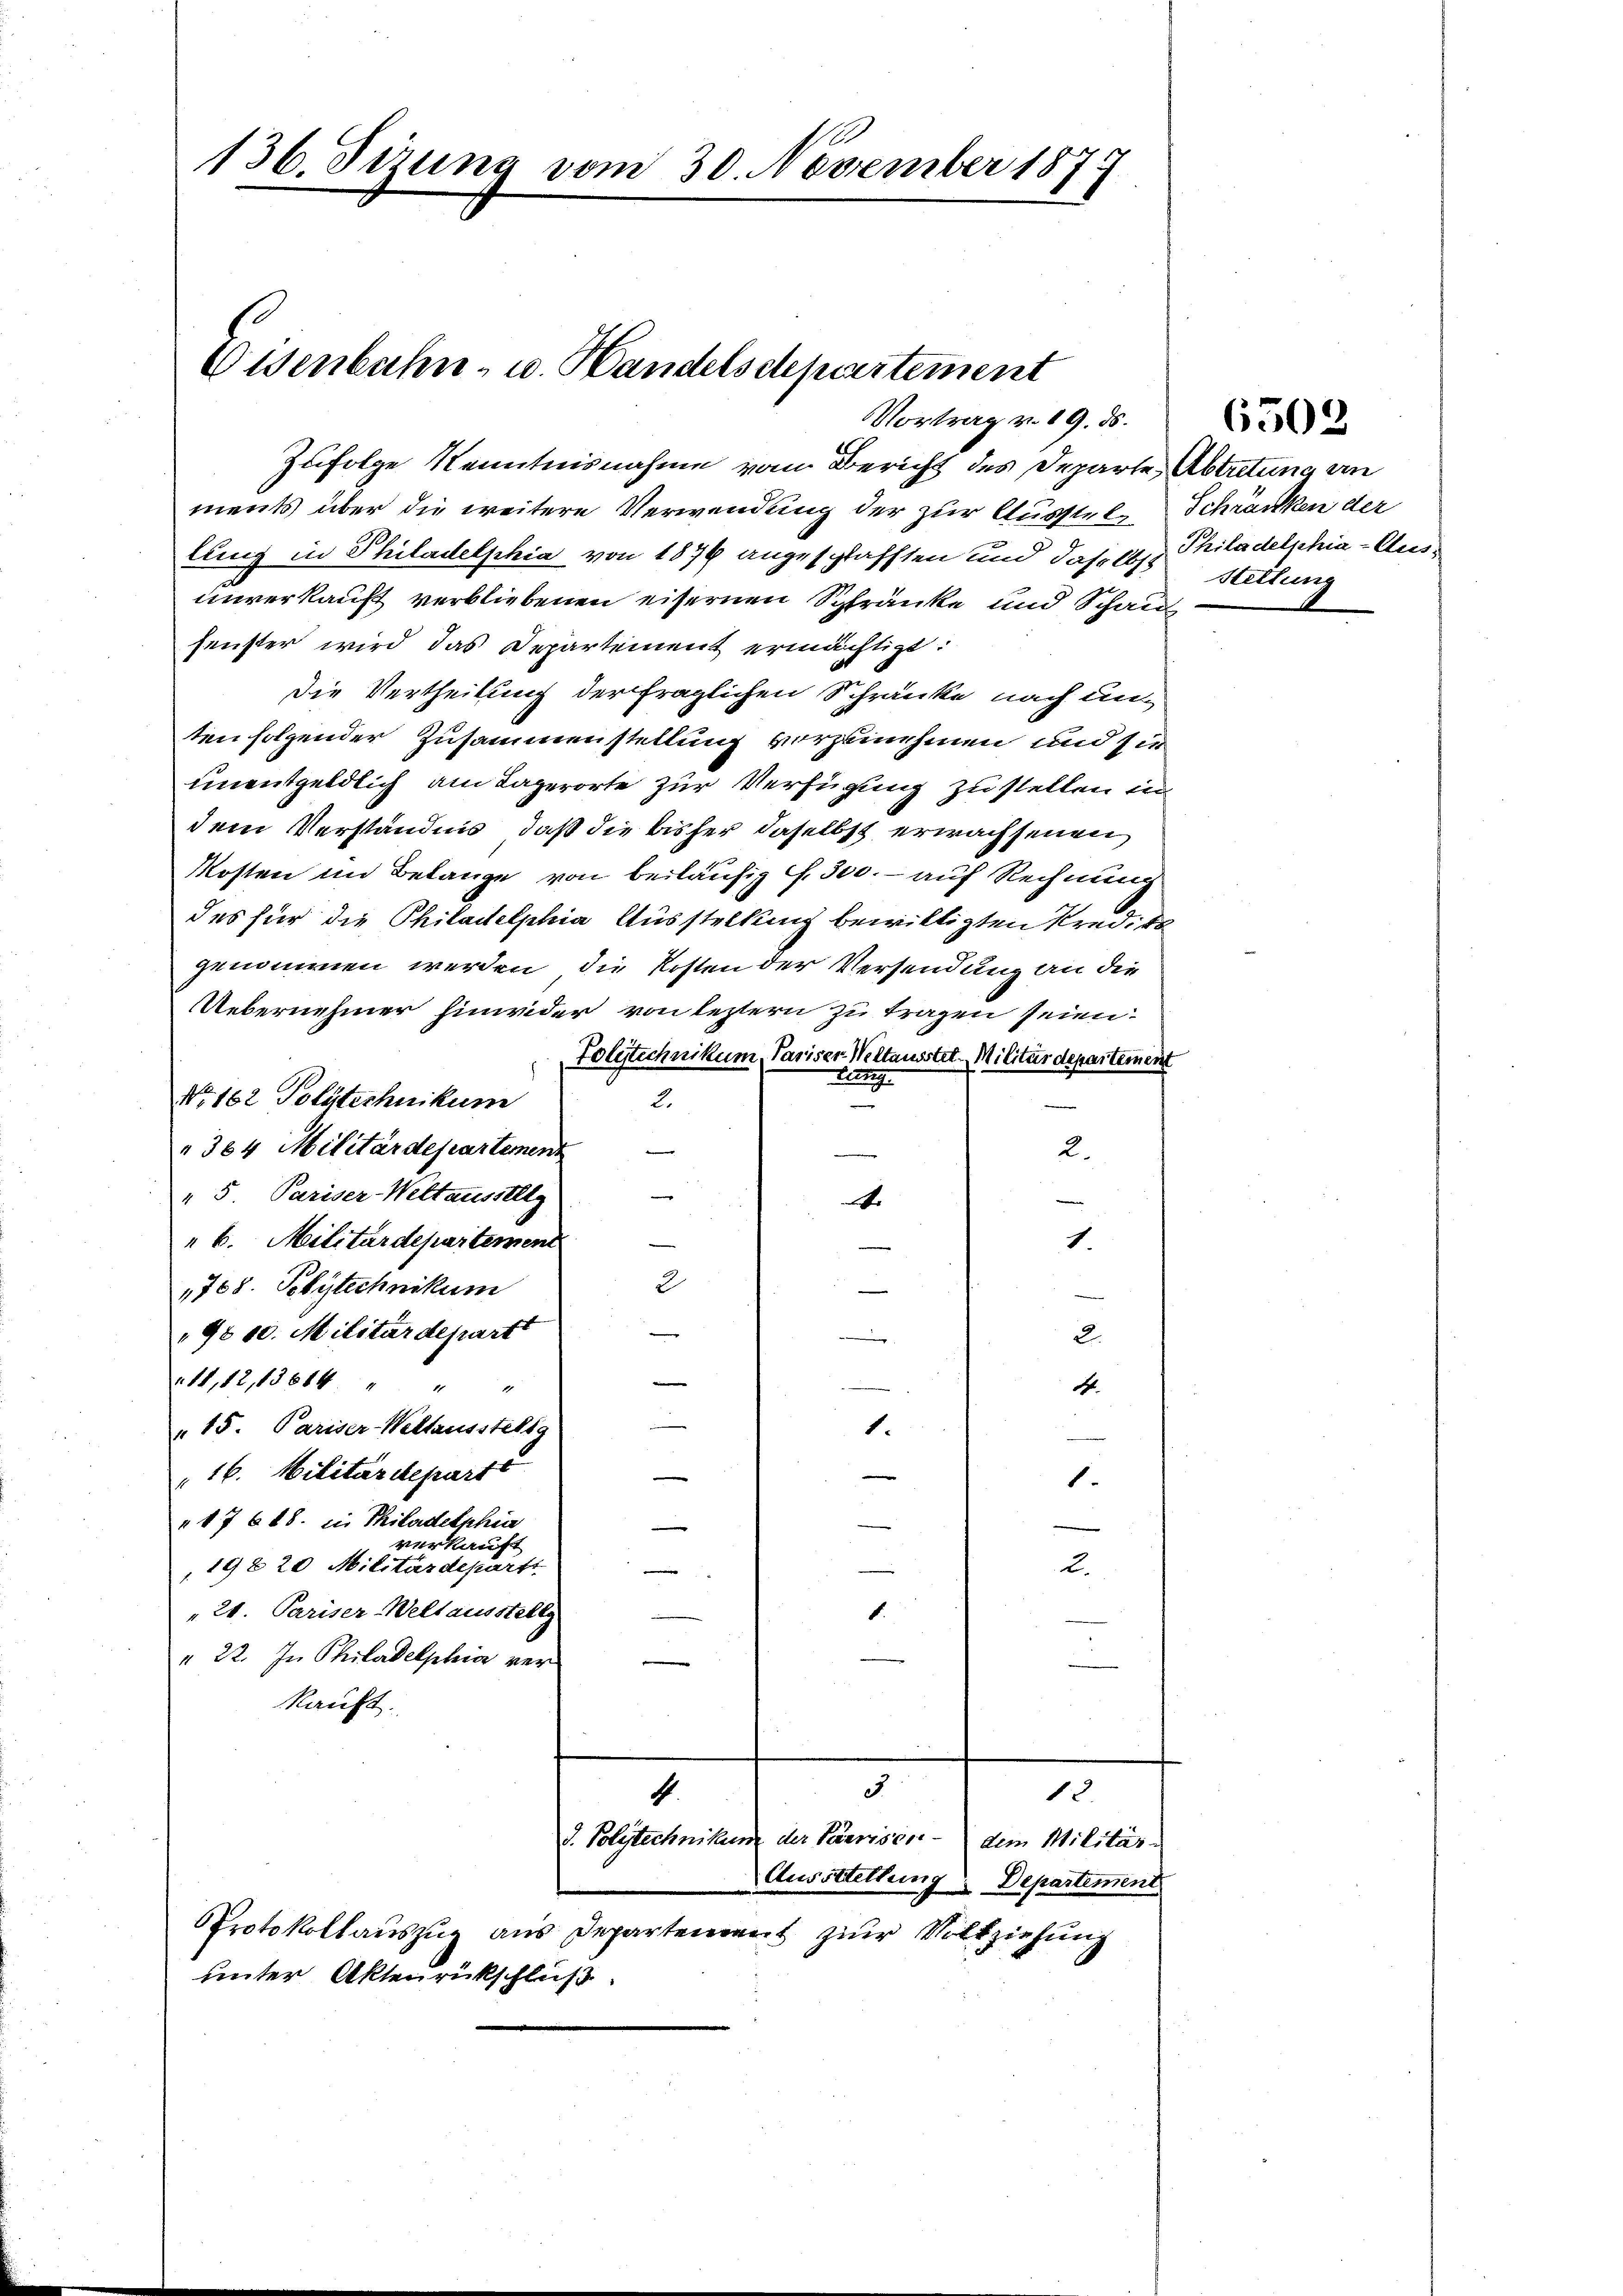
136. Sizung vom 30. November 1877

Osenbahn- u. Handelsdepartement
Vortrag v. 19. ds.

Zufolge Kenntnisnahme vom Bericht des Departe Abtretung an
ments über die weitere Verwendung der zur Ausstel-Schränken der
lung in Philadelphia von 1876 angeschlafften und daselbst stellung
unverkauft verbliebenen eisernen Schränke und Schau
fenster wird das Departement ermächtigt:
Die Vertheilung der fraglichen Schränke nach un
tenfolgender Zusammenstellung vorzunehmen und sie
unentgeldlich am Lagerorte zur Verfügung zu stellen in
dem Verständnis, daß die bisher daselbst erwachsenen
Kosten im Belange von beiläufig f. 300. - auf Rechnung
des für die Philadelphia Ausstellung bewilligten Kredito
genommen werden, die Kosten der Versendung an die
Uebernehmer hinwider von leztern zu tragen seien.
Tolytechnikum, Pariser Weltausstet. Militärdepartement
berg
No. 162 Polytechnikum
2.
e
364 Militärdepartement
2.
" 5. Pariser-Weltausstllg
e
4
"b. Militärdepartement
1.
2
1768. Pelytechnikum
m
9800. Militärdepartt

2.
11,12,13814 " "
E.
15. Pariser-Weltausstellg
1.
e
16. Militärdeparte
1.
" 17 648. in Philadelphia
verkauft
198 20 Militärdepart
2.
"21. Pariser-Weltausstellg
1.
" 22. In Philadelphia verkauft.
3
82.
.
d. Polytechnikum der Parises dem Militär¬
Ausstellung Departement
Protokollauszug aus Departement zur Vollziehung
unter Aktenrückschluß

Philadelphia-Aus¬

6502